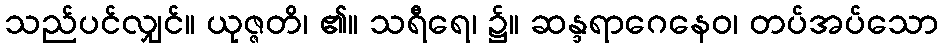
သည်ပင်လျှင်။ ယုဇ္ဇတိ၊ ၏။ သရီရေ၊ ၌။ ဆန္ဒရာဂေနေဝ၊ တပ်အပ်သော